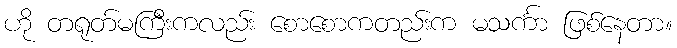
ဟို တရုတ်မကြီးကလည်း စောစောကတည်းက မသင်္ကာ ဖြစ်နေတာ။